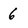
Character: 6